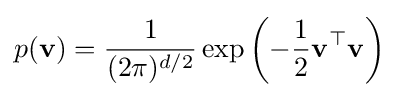
p(\mathbf {v} )={\frac {1}{(2\pi )^{d/2}}}\exp \left(-{\frac {1}{2}}\mathbf {v} ^{\top }\mathbf {v} \right)